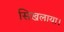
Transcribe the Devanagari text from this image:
सिखलाया।